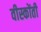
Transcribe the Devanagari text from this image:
वीस्कोंती